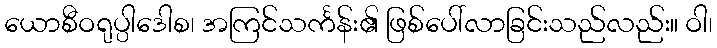
ယောစီဝရုပ္ပါဒေါစ၊ အကြင်သင်္ကန်း၏ ဖြစ်ပေါ်လာခြင်းသည်လည်း။ ဝါ၊